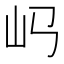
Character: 𡴰